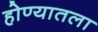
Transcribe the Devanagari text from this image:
होण्यातला